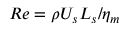
R e = { \rho U _ { s } L _ { s } } / { \eta _ { m } }